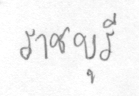
ราชบุรี